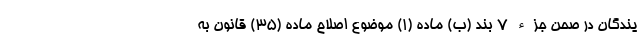
یندگان در صحن جزء ۷ بند (ب) ماده (۱) موضوع اصلاح ماده (۳۵) قانون به